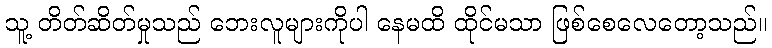
သူ့ တိတ်ဆိတ်မှုသည် ဘေးလူများကိုပါ နေမထိ ထိုင်မသာ ဖြစ်စေလေတော့သည်။